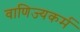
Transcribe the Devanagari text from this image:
वाणिज्यकर्म